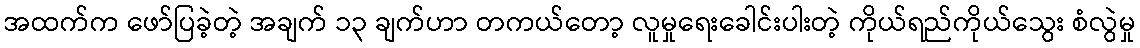
အထက်က ဖော်ပြခဲ့တဲ့ အချက် ၁၃ ချက်ဟာ တကယ်တော့ လူမှုရေးခေါင်းပါးတဲ့ ကိုယ်ရည်ကိုယ်သွေး စံလွဲမှု